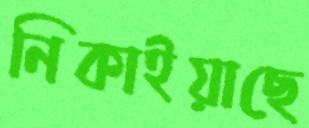
নিকাইয়াছে